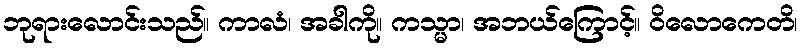
ဘုရားလောင်းသည်။ ကာလံ၊ အခါကို။ ကသ္မာ၊ အဘယ်ကြောင့်။ ဝိလောကေတိ၊